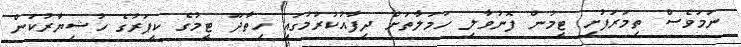
ނަމަވެސް ތިމަރަފުށި ޓީމުން ފޮނުވާލި ހަމަލާތަށް ދިފާއުކުރުމުގައި ހިތާދޫ ޓީމުގެ ކީޕަރުގެ ހުޝިޔާރުކަން